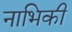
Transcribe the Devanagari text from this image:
नाभिकी